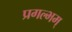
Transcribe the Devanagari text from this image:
प्रगल्भम्